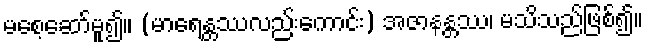
မစေ့ဆော်မူ၍။ (မာရေန္တဿလည်းကောင်း) အဇာနန္တဿ၊ မသိသည်ဖြစ်၍။